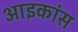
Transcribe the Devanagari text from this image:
आइकांस